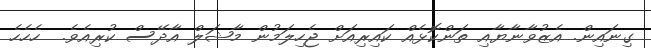
ގިނައިން. އެޒުވާނާޔާއި ތަންކޮޅެއް ކައިރިއަށް ޖެހިލަމުން މާޝަލް އާދޭސް ކުރިއެވެ.  ހެހެހެ